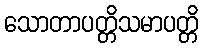
သောတာပတ္တိသမာပတ္တိ